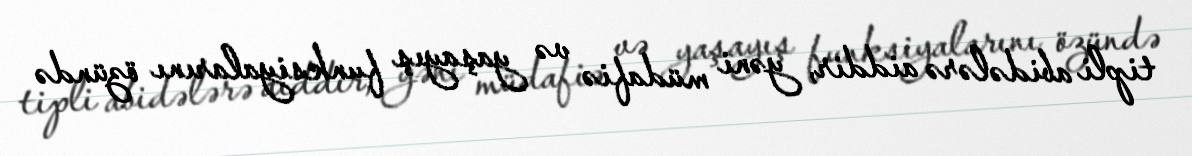
tipli abidələrə aiddir, yəni müdafiə və yaşayış funksiyalarını özündə